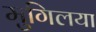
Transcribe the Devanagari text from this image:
मुगिलया